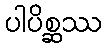
ပါပိစ္ဆဿ